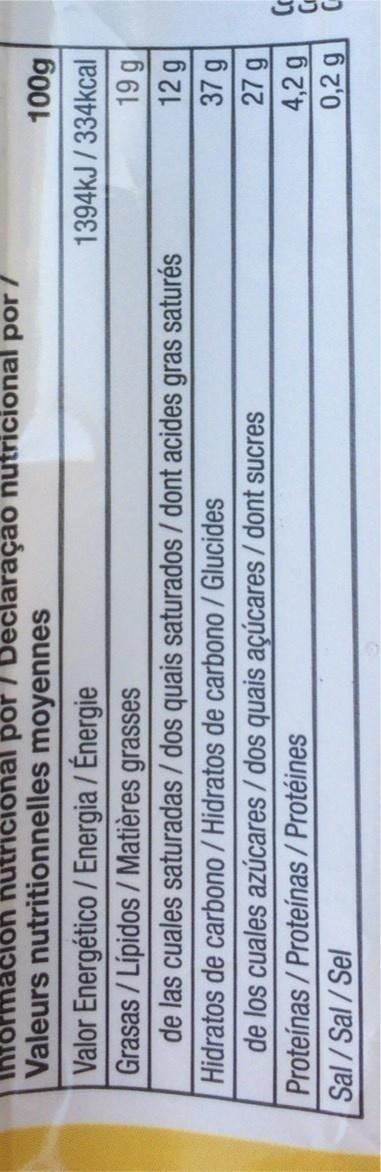
Información
Valeurs
nutricional por / Declaração nutricional por /
nutritionnelles moyennes
Valor Energético / Energia / Énergie
Grasas / Lípidos/Matières grasses
de las cuales saturadas / dos quais saturados / dont acides gras saturés Hidratos de carbono / Hidratos de carbono / Glucides
de los cuales azúcares / dos quais açúcares / dont sucres Proteínas/Proteínas / Protéines
Sal/Sal/Sel
100g
1394kJ/334kcal
19 g
12 g
37 g
27 g
4,2 g 0,2 g